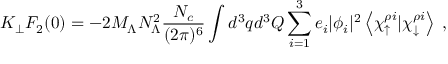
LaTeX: K _ { \perp } F _ { 2 } ( 0 ) = - 2 M _ { \Lambda } N _ { \Lambda } ^ { 2 } { \frac { N _ { c } } { ( 2 \pi ) ^ { 6 } } } \int d ^ { 3 } q d ^ { 3 } Q \sum _ { i = 1 } ^ { 3 } e _ { i } | \phi _ { i } | ^ { 2 } \left< \chi _ { \uparrow } ^ { \rho i } | \chi _ { \downarrow } ^ { \rho i } \right> \; ,